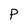
Character: P